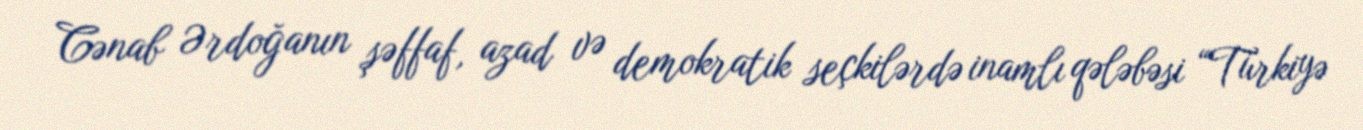
Cənab Ərdoğanın şəffaf, azad və demokratik seçkilərdə inamlı qələbəsi “Türkiyə